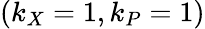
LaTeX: (k_{X}=1,k_{P}=1)